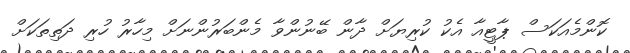
ކޮންމެއަކަސް ޕާޓީއާ އެކު ކުރިޔަށް ދާން ބޭނުންވާ މެންބަރުންނަށް މިހާރު ހުރި ދަތިތަކަށް